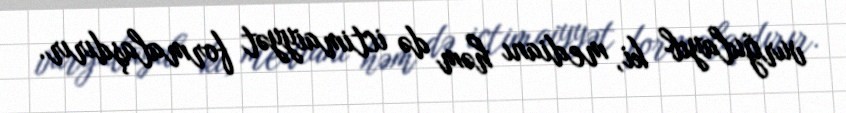
vurğulayıb ki, medianı həm də ictimaiyyət formalaşdırır.